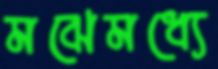
মঝেমধ্যে